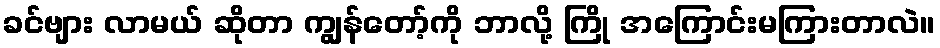
ခင်ဗျား လာမယ် ဆိုတာ ကျွန်တော့်ကို ဘာလို့ ကြို အကြောင်းမကြားတာလဲ။